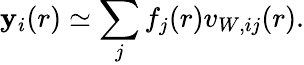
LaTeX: \mathbf{y}_{i}(r)\simeq\sum_{j}f_{j}(r)v_{W,ij}(r).